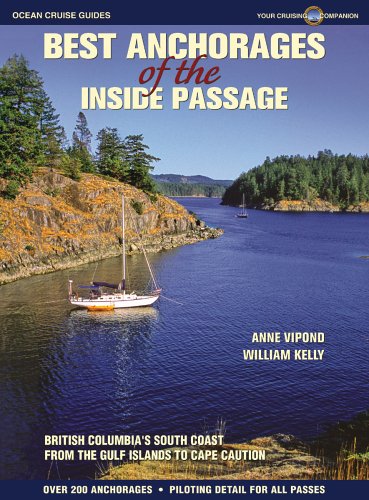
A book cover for Best Anchorages of the Inside Passage: British Columbia's South Coast from the Gulf Islands to Cape Caution; Anne Vipond; Travel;